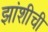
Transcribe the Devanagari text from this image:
झांशीची